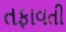
તફાવતી